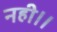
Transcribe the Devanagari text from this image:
नही।।